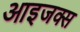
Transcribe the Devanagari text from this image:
आइजक्स